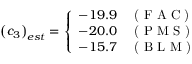
\left( c _ { 3 } \right) _ { e s t } = \left\{ \begin{array} { l l } { { - 1 9 . 9 } } & { { \textrm { ( F A C ) } } } \\ { { - 2 0 . 0 } } & { { \textrm { ( P M S ) } } } \\ { { - 1 5 . 7 } } & { { \textrm { ( B L M ) } } } \end{array} \right.